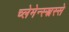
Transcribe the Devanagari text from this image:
च्लेमेन्स्स्त्रस्से